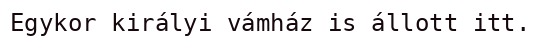
Egykor királyi vámház is állott itt.